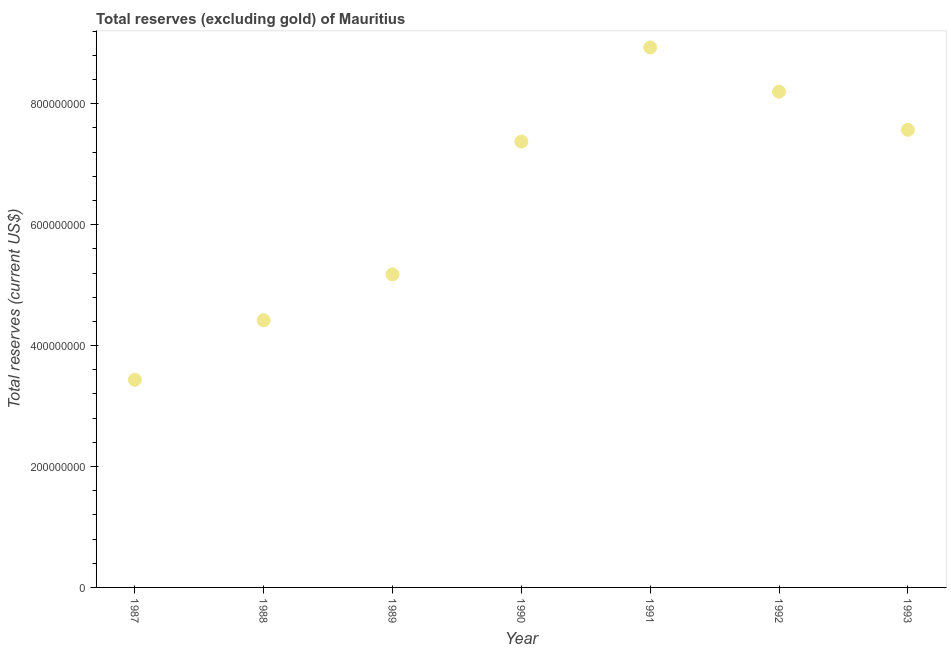
| Year | Total reserves minus gold (current US$) |
 | --- | --- |
 | 1987 | 3.43e+08 |
 | 1988 | 4.42e+08 |
 | 1989 | 5.18e+08 |
 | 1990 | 7.38e+08 |
 | 1991 | 8.93e+08 |
 | 1992 | 8.2e+08 |
 | 1993 | 7.57e+08 |